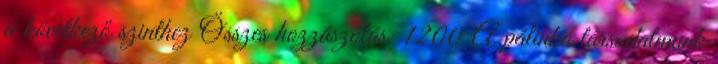
a következő szinthez Összes hozzászólás: 1200 A pálinka társadalmunk